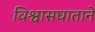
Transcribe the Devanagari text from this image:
विश्वासघातानें